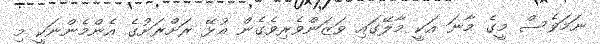
ނަމަވެސް މީގެ މާނަ އަކީ މާލޭގައި ވަޒަންވެރިވެގެން އުޅޭ ރަށްރަށުގެ އެންމެންނަކީ މި